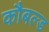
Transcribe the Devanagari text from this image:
कौबल्ड